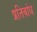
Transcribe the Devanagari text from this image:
प्रतिबांध